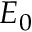
E _ { 0 }